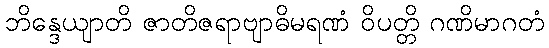
ဘိန္ဒေယျာတိ ဇာတိဇရာဗျာဓိမရဏံ ဝိပတ္တိ ဂဏိမာဂတံ